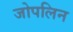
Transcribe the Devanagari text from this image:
जोपलिन